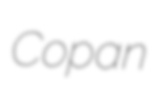
Copan